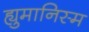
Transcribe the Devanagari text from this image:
ह्युमानिस्म